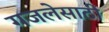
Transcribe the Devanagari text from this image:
गजलेसाठी